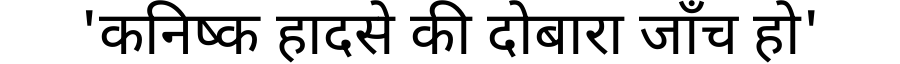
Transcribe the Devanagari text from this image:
'कनिष्क हादसे की दोबारा जाँच हो'